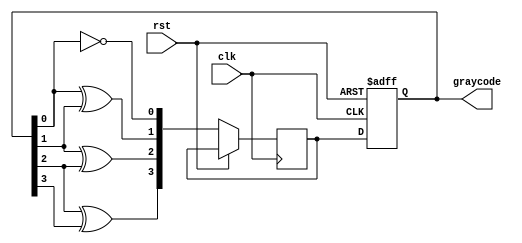
module GrayCodeCounter(
    input clk,
    input rst,
    output reg [3:0] graycode
);

reg [3:0] next_graycode;

always @(posedge clk or posedge rst) begin
    if (rst) begin
        graycode <= 4'b0000;
    end else begin
        next_graycode[0] <= ~graycode[0];
        next_graycode[1] <= graycode[0] ^ graycode[1];
        next_graycode[2] <= graycode[1] ^ graycode[2];
        next_graycode[3] <= graycode[2] ^ graycode[3];
        
        graycode <= next_graycode;
    end
end

endmodule